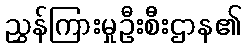
ညွှန်ကြားမှုဦးစီးဌာန၏